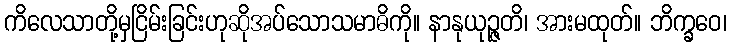
ကိလေသာတို့မှငြိမ်းခြင်းဟုဆိုအပ်သောသမာဓိကို။ နာနုယုဉ္ဇတိ၊ အားမထုတ်။ ဘိက္ခဝေ၊